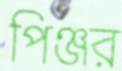
পিঞ্জর